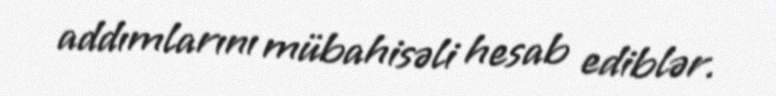
addımlarını mübahisəli hesab ediblər.